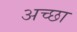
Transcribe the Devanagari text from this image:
अच्छा